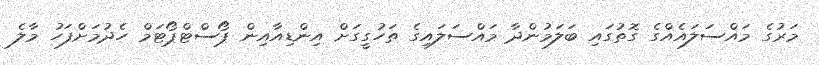
މަރުގެ މައްސަލައެއްގެ ގޮތުގައި ބަލަމުންދާ މައްސަލައިގެ ތަހުގީގަށް އިންޑިއާއިން ޕޯސްޓްޕޯޓަމް ހެދުމަށްފަހު މާލެ